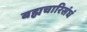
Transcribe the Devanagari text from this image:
बह्मचारिसंघं